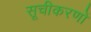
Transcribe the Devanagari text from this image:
सूचीकरणों